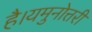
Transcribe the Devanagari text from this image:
है।यमुनोत्तरी